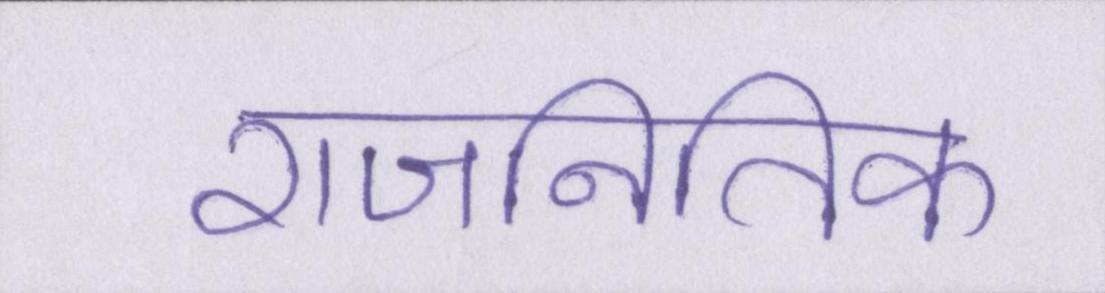
राजनितिक